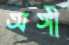
অঙ্গী